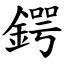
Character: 鍔